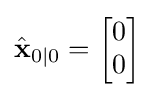
{\hat {\mathbf {x} }}_{0\mid 0}={\begin{bmatrix}0\\0\end{bmatrix}}